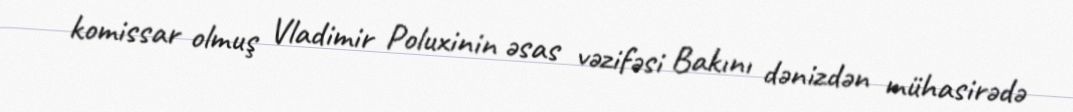
komissar olmuş Vladimir Poluxinin əsas vəzifəsi Bakını dənizdən mühasirədə